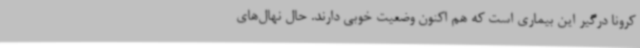
کرونا درگیر این بیماری است که هم اکنون وضعیت خوبی دارند. حال نهال‌های